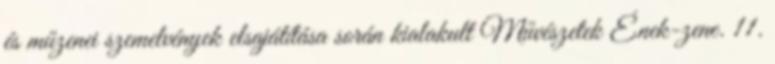
és műzenei szemelvények elsajátítása során kialakult Művészetek Ének-zene. 11.